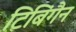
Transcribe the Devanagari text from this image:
टिबिंगैन